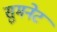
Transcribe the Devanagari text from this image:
सुमनेट